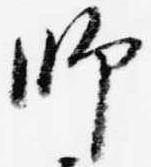
師